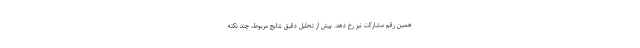
همین رقم مشارکت نیز رخ دهد. پیش از تحلیل دقیق نتایج مربوط، چند نکته